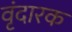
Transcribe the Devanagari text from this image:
वृंदारक